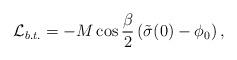
LaTeX: \begin{align*}{\cal L}_{b.t.} = -M \cos \frac{\beta}{2} \left( \tilde{\sigma}(0) - \phi_0 \right),\end{align*}